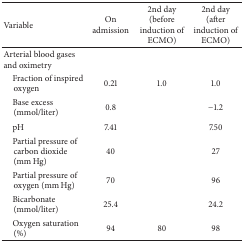
<table><thead><tr><td><b>Variable</b></td><td><b>On admission</b></td><td><b>2nd day (before induction of ECMO)</b></td><td><b>2nd day (after induction of ECMO)</b></td></tr></thead><tbody><tr><td>Arterial blood gases and oximetry</td><td> </td><td> </td><td> </td></tr><tr><td> Fraction of inspired oxygen</td><td>0.21</td><td>1.0</td><td>1.0</td></tr><tr><td> Base excess (mmol/liter)</td><td>0.8</td><td> </td><td>−1.2</td></tr><tr><td> pH</td><td>7.41</td><td> </td><td>7.50</td></tr><tr><td> Partial pressure of carbon dioxide (mm Hg)</td><td>40</td><td> </td><td>27</td></tr><tr><td> Partial pressure of oxygen (mm Hg)</td><td>70</td><td> </td><td>96</td></tr><tr><td> Bicarbonate (mmol/liter)</td><td>25.4</td><td> </td><td>24.2</td></tr><tr><td> Oxygen saturation (%)</td><td>94</td><td>80</td><td>98</td></tr></tbody></table>